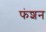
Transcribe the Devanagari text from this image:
फंशन